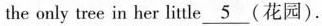
the only tree in her little \underline{5} (花园).